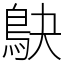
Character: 鴃